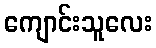
ကျောင်းသူလေး